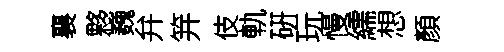
襄夥巍弁笄伎軌硏玩慢繻想顏